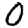
Digit: 0